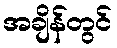
အချိန်တွင်